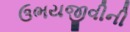
ઉભયજીવીની